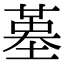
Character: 𡎸